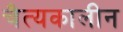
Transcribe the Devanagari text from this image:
चैत्यकालीन